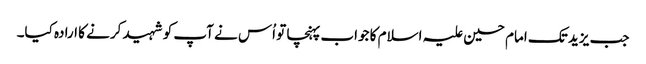
جب یزید تک امام حسین علیہ اسلام کا جواب پہنچا تو اُس نے آپ کو شہید کرنے کا ارادہ کیا۔